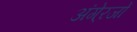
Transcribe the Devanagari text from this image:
अंगे्रजों